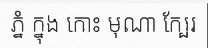
ភ្នំ ក្នុង កោះ មុណា ក្បែរ